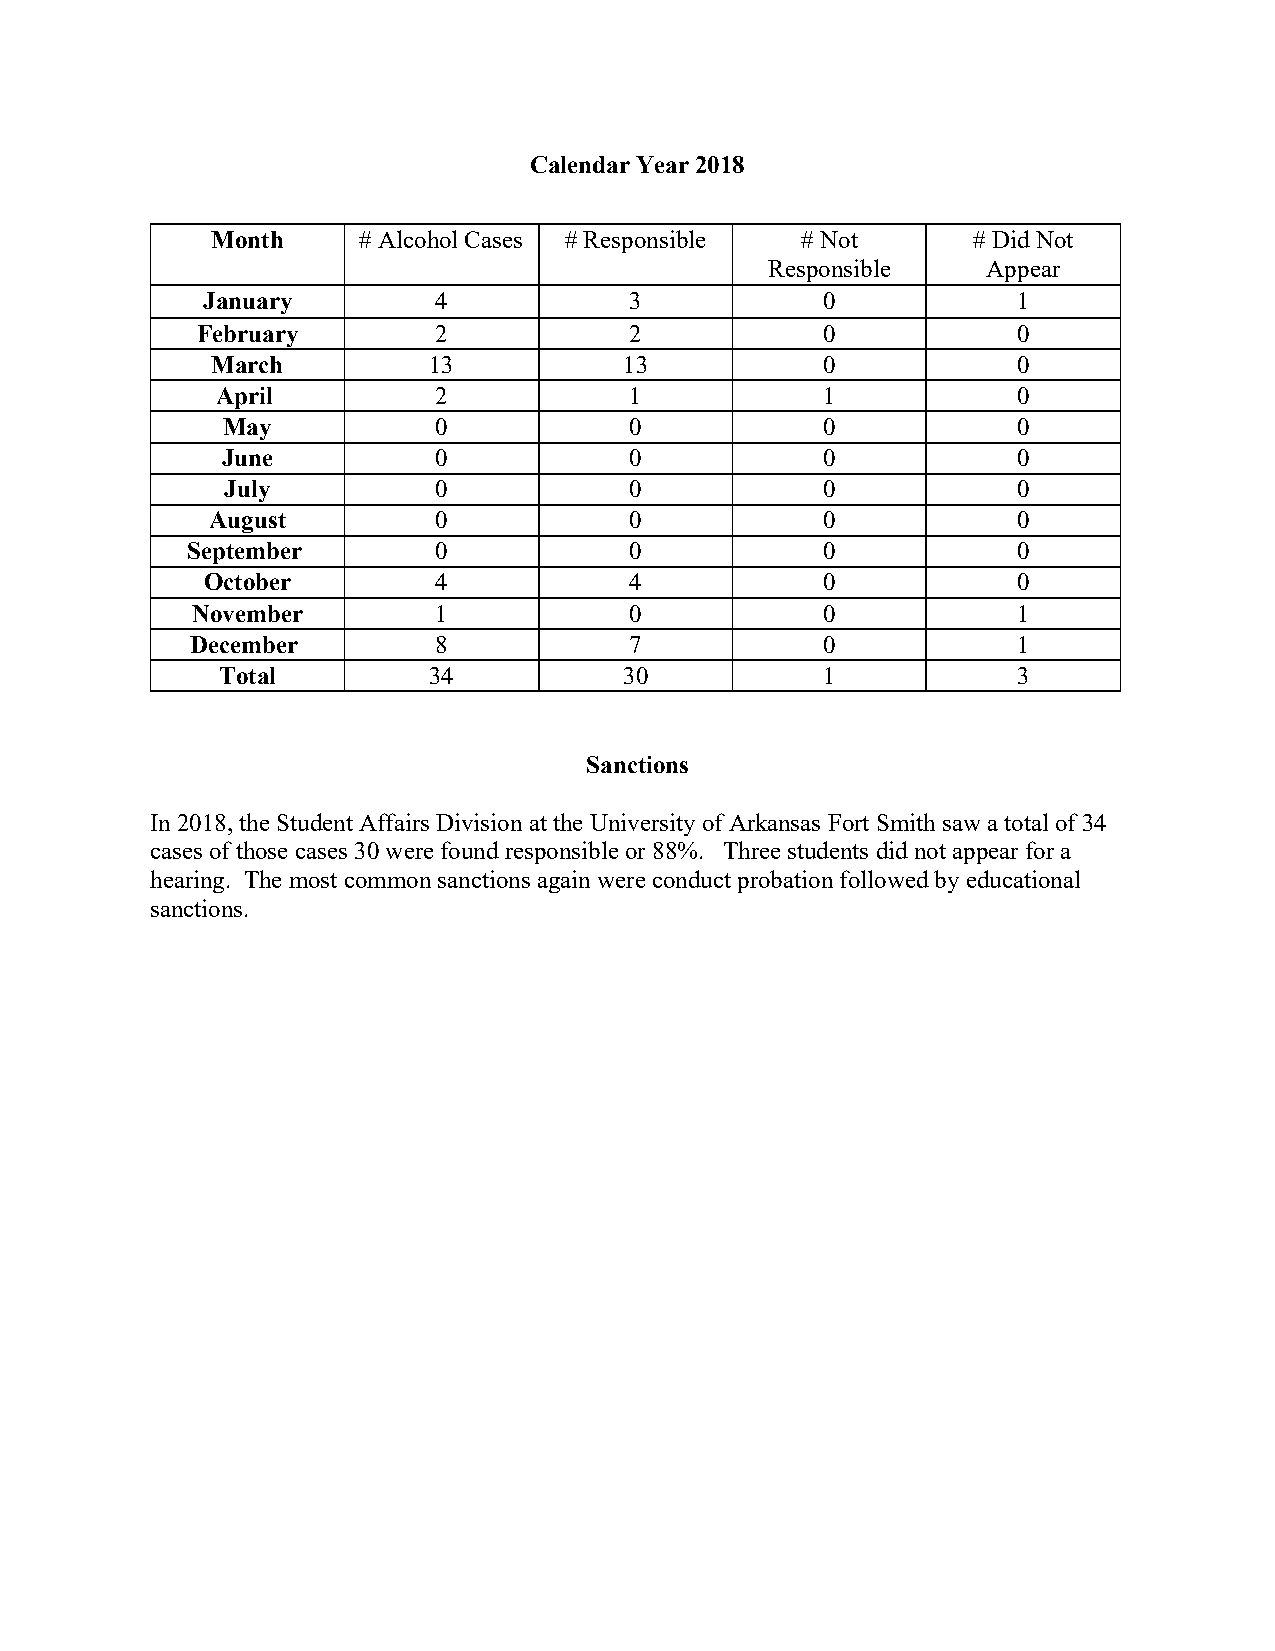
Calendar Year 2018
 Month     # Alcohol Cases # Responsible # Not     # Did Not
 Responsible   Appear
 January         4            3            0           1
 February        2            2            0           0
 March         13           13            0           0
 April          2            1            1           0
 May           0            0            0           0
 June          0            0            0           0
 July          0            0            0           0
 August         0            0            0           0
 September        0            0            0           0
 October         4            4            0           0
 November        1            0            0           1
 December        8            7            0           1
 Total         34           30            1           3
 Sanctions
 In 2018, the Student Affairs Division at the University of Arkansas Fort Smith saw a total of 34
 cases of those cases 30 were found responsible or 88%. Three students did not appear for a
 hearing. The most common sanctions again were conduct probation followed by educational
 sanctions.